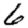
Digit: 6